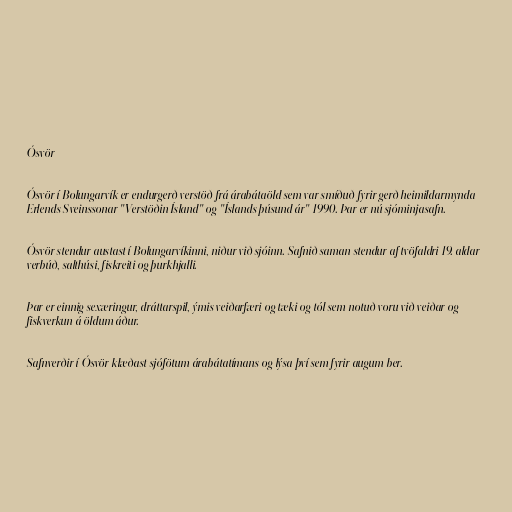
Ósvör

Ósvör í Bolungarvík er endurgerð verstöð frá árabátaöld sem var smíðuð fyrir gerð heimildarmynda
Erlends Sveinssonar "Verstöðin Ísland" og "Íslands þúsund ár" 1990. Þar er nú sjóminjasafn.

Ósvör stendur austast í Bolungarvíkinni, niður við sjóinn. Safnið saman stendur af tvöfaldri 19. aldar
verbúð, salthúsi, fiskreiti og þurkhjalli.

Þar er einnig sexæringur, dráttarspil, ýmis veiðarfæri og tæki og tól sem notuð voru við veiðar og
fiskverkun á öldum áður.

Safnverðir í Ósvör klæðast sjófötum árabátatímans og lýsa því sem fyrir augum ber.